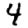
Digit: 4